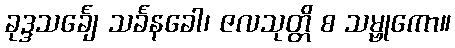
ခုဒ္ဒသင်္ချေ သင်္ခနခေါ၊ ဇလသုတ္တိ စ သမ္ဗုကော။